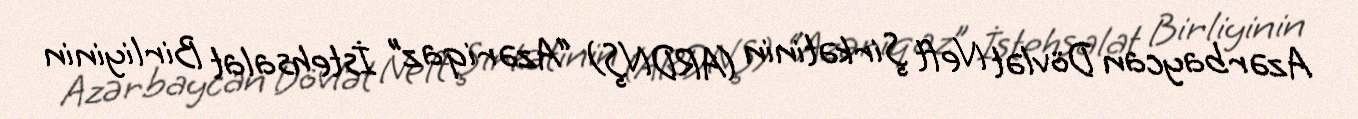
Azərbaycan Dövlət Neft Şirkətinin (ARDNŞ) “Azəriqaz” İstehsalat Birliyinin